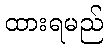
ထားရမည်